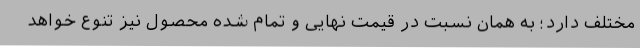
مختلف دارد؛ به همان نسبت در قیمت نهایی و تمام شده محصول نیز تنوع خواهد